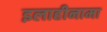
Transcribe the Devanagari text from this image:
इलाहीनामा